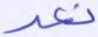
نعد